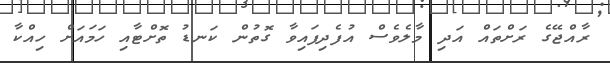
ރާއްޖޭގެ ރަށްތައް އަދި މާލެވެސް އުފެދިފައިވާ ގޮތުން ކަނޑު ތޮށްޓާއި ހަމައަށް ހިއްކާ